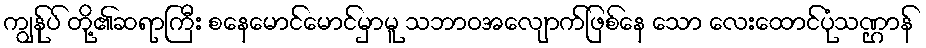
ကျွန်ုပ် တို့၏ဆရာကြီး စနေမောင်မောင်မှာမူ သဘာဝအလျောက်ဖြစ်နေ သော လေးထောင်ပုံသဏ္ဌာန်